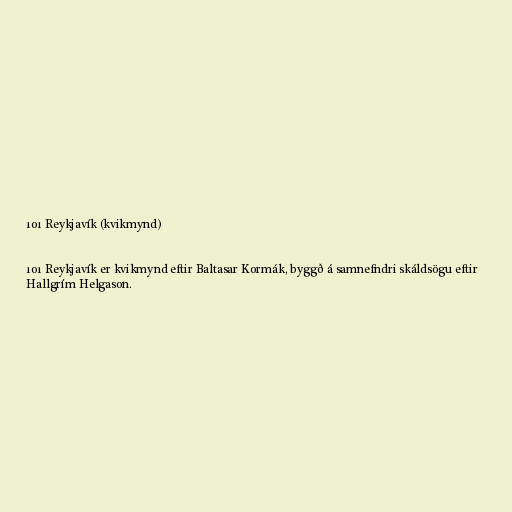
101 Reykjavík (kvikmynd)

101 Reykjavík er kvikmynd eftir Baltasar Kormák, byggð á samnefndri skáldsögu eftir
Hallgrím Helgason.